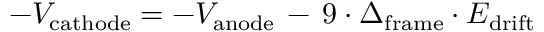
- V _ { \mathrm { c a t h o d e } } = - V _ { \mathrm { a n o d e } } \, - \, 9 \cdot \Delta _ { \mathrm { f r a m e } } \cdot E _ { \mathrm { d r i f t } }